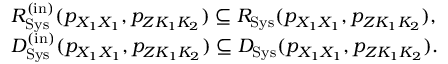
\begin{array} { r l } & { { \cal R } _ { \mathrm { S y s } } ^ { \mathrm { ( i n ) } } ( p _ { X _ { 1 } X _ { 1 } } , { p _ { Z K _ { 1 } K _ { 2 } } } ) \subseteq { \cal R } _ { \mathrm { S y s } } ( p _ { X _ { 1 } X _ { 1 } } , { p _ { Z K _ { 1 } K _ { 2 } } } ) , } \\ & { { \cal D } _ { \mathrm { S y s } } ^ { \mathrm { ( i n ) } } ( p _ { X _ { 1 } X _ { 1 } } , { p _ { Z K _ { 1 } K _ { 2 } } } ) \subseteq { \cal D } _ { \mathrm { S y s } } ( p _ { X _ { 1 } X _ { 1 } } , { p _ { Z K _ { 1 } K _ { 2 } } } ) . } \end{array}